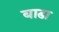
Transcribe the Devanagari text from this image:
बाढा